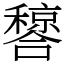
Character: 𬔂